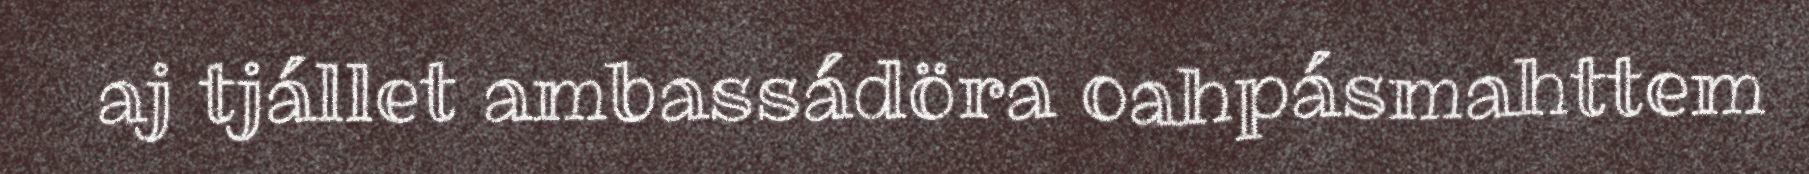
aj tjállet ambassádöra oahpásmahttem